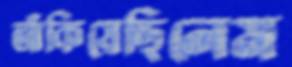
আঁকিয়েছিলেম